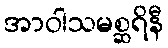
အာဝါသမစ္ဆရိနီ